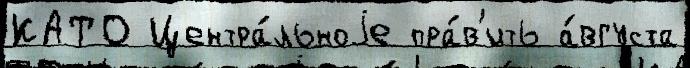
КАТО Центра́льноjе пра́в'ить а́вгуста